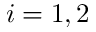
i = 1 , 2